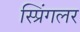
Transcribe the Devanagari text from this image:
स्प्रिंगलर